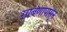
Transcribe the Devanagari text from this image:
साबणापासून